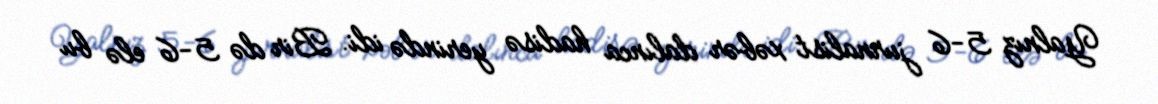
Yalnız 5-6 jurnalist xəbər dalınca hadisə yerində idi. Bir də 5-6 elə bu